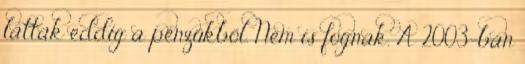
láttak eddig a pénzükből. Nem is fognak. A 2003-ban